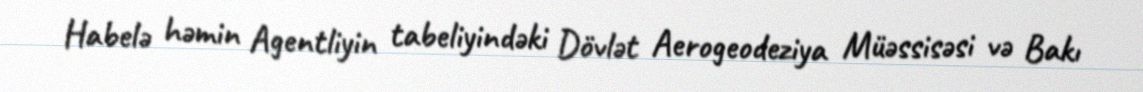
Habelə həmin Agentliyin tabeliyindəki Dövlət Aerogeodeziya Müəssisəsi və Bakı